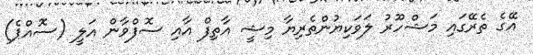
އޭގެ ތެރޭގައި މަޝްހޫރު ލަވަކިޔުންތެރިޔާ މިޝީ އާތިފް އާއި ސޮފްވާން އަލީ (ސޮއްޕެ)